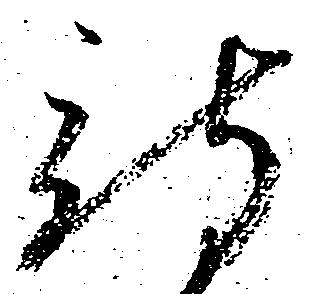
待